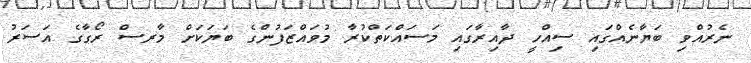
ނެރުއްވި ބަޔާނެއްގައި ސިއްހީ ދާއިރާގައި މަސައްކަތްކުރާ މުވައްޒަފުންގެ ބަޔަކަށް މާރސް ރޯގާގެ އަސަރު